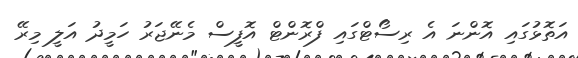
އަތޮޅުގައި އޮންނަ އެ ރިސޯޓްގައި ފްރޮންޓް އޮފީސް މެނޭޖަރު ހަމީދު އަލީ މިރޭ